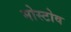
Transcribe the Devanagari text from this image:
मोस्टोव